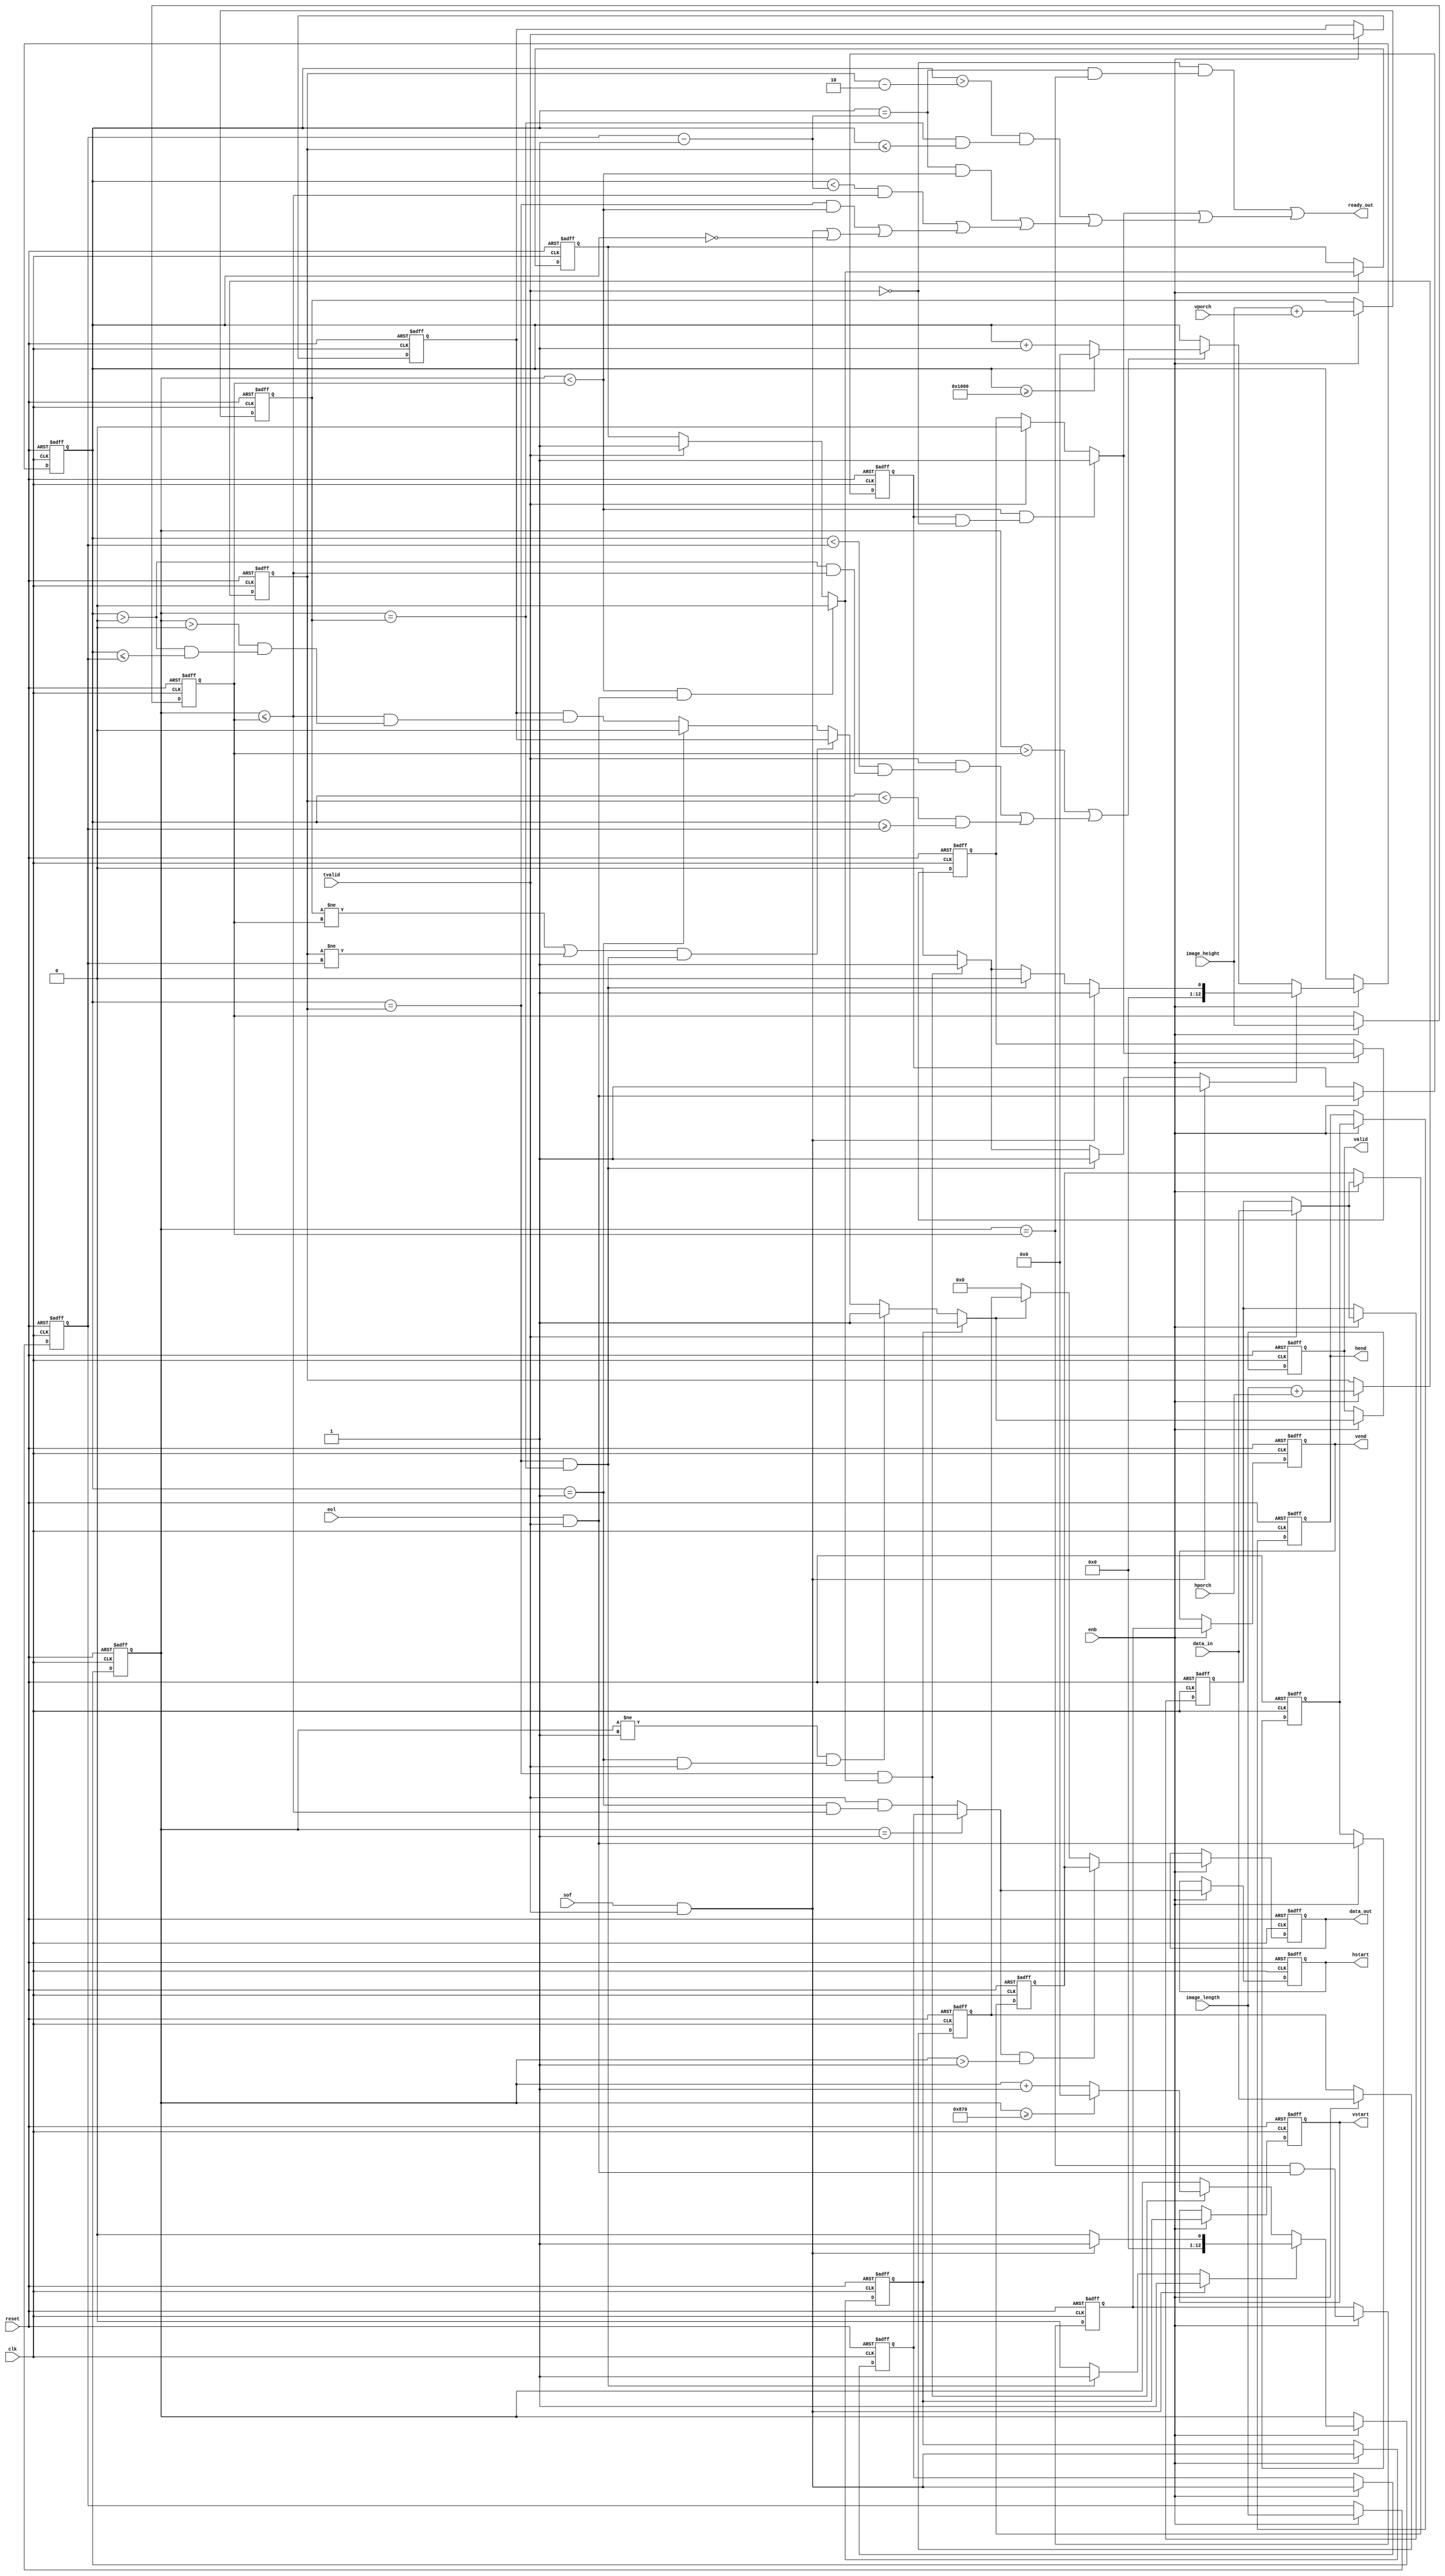
// -------------------------------------------------------------
// 
// 
// Generated by MATLAB 9.6 and HDL Coder 3.14
// 
// -------------------------------------------------------------


// -------------------------------------------------------------
// 
// Module: K_Means_ip_adapter_in_module
// Source Path: K_Means_ip/K_Means_ip_axi4_stream_video_slave/K_Means_ip_adapter_in/K_Means_ip_adapter_in_module
// Hierarchy Level: 3
// 
// -------------------------------------------------------------

`timescale 1 ns / 1 ns

module K_Means_ip_adapter_in_module
          (clk,
           reset,
           enb,
           data_in,
           tvalid,
           sof,
           eol,
           image_length,
           image_height,
           hporch,
           vporch,
           data_out,
           hstart,
           hend,
           vstart,
           vend,
           valid,
           ready_out);


  input   clk;
  input   reset;
  input   enb;
  input   [31:0] data_in;  // ufix32
  input   tvalid;  // ufix1
  input   sof;  // ufix1
  input   eol;  // ufix1
  input   [12:0] image_length;  // ufix13
  input   [12:0] image_height;  // ufix13
  input   [12:0] hporch;  // ufix13
  input   [12:0] vporch;  // ufix13
  output  [31:0] data_out;  // ufix32
  output  hstart;  // ufix1
  output  hend;  // ufix1
  output  vstart;  // ufix1
  output  vend;  // ufix1
  output  valid;  // ufix1
  output  ready_out;  // ufix1


  wire cond54;  // ufix1
  wire [12:0] vlength_buf_1;  // ufix13
  reg [12:0] vlength_1;  // ufix13
  wire cond41;  // ufix1
  wire [12:0] hlength_buf_1;  // ufix13
  reg [12:0] hlength_1;  // ufix13
  reg [12:0] numoflines_1;  // ufix13
  wire constant1;  // ufix1
  wire constant0;  // ufix1
  wire [12:0] pixel_constant0;  // ufix13
  wire [12:0] pixel_constant1;  // ufix13
  reg [12:0] numofpixels_1;  // ufix13
  wire [12:0] line_constant0;  // ufix13
  wire [12:0] line_constant1;  // ufix13
  wire condition0;  // ufix1
  wire [12:0] line_load_value0;  // ufix13
  wire [12:0] line_load_value1;  // ufix13
  reg [12:0] line_counter;  // ufix13
  wire larger1_relop1;
  reg [12:0] pixel_counter;  // ufix13
  wire larger_relop1;
  wire less2_relop1;
  wire cond51;  // ufix1
  wire less1_relop1;
  wire less_relop1;
  wire cond45;  // ufix1
  wire cond48;  // ufix1
  wire cond53;  // ufix1
  wire condition1;  // ufix1
  wire [12:0] pixel_load_value0;  // ufix13
  wire [12:0] pixel_load_value1;  // ufix13
  wire [12:0] pixel_load_value2;  // ufix13
  wire first_pixel_en;  // ufix1
  reg  first_pixel_en_delay;  // ufix1
  wire cond2;  // ufix1
  wire equal12_relop1;
  wire cond1;  // ufix1
  wire equa31_relop1;
  wire cond42;  // ufix1
  wire cond43;  // ufix1
  wire cond44;  // ufix1
  wire equa29_relop1;
  wire equa28_relop1;
  wire cond55;  // ufix1
  wire cond56;  // ufix1
  wire cond6;  // ufix1
  wire cond7;  // ufix1
  wire equal4_relop1;
  wire cond9;  // ufix1
  wire hstart_reg;  // ufix1
  reg  cond10;  // ufix1
  wire hstart_output;  // ufix1
  wire cond26;  // ufix1
  wire cond27;  // ufix1
  wire vstart_output_temp;  // ufix1
  reg  vstart_output;  // ufix1
  wire cond21;  // ufix1
  wire cond58;  // ufix1
  wire cond22;  // ufix1
  wire equa10_relop1;
  wire equal14_relop1;
  wire equa11_relop1;
  wire equal13_relop1;
  wire cond19;  // ufix1
  wire cond20;  // ufix1
  reg  valid_reg;  // ufix1
  wire cond11;  // ufix1
  wire equa7_relop1;
  wire cond13;  // ufix1
  wire equa8_relop1;
  wire nonblank;  // ufix1
  wire cond23;  // ufix1
  wire cond57;  // ufix1
  wire cond25;  // ufix1
  wire cond59;  // ufix1
  wire valid_output;  // ufix1
  wire [31:0] data_constant0;  // ufix32
  reg [31:0] data_reg;  // ufix32
  wire [31:0] data_reg_temp;  // ufix32
  wire [31:0] data_buf;  // ufix32
  reg [31:0] data_buf_delay_1;  // ufix32
  reg [31:0] data_buf_delay1;  // ufix32
  wire [31:0] data_out_output;  // ufix32
  reg [31:0] data_out_2;  // ufix32
  reg  hstart_2;  // ufix1
  wire hend_output_temp;  // ufix1
  reg  hend_output;  // ufix1
  reg  hend_2;  // ufix1
  reg  vstart_2;  // ufix1
  wire equa26_relop1;
  wire vend_reg;  // ufix1
  reg  vend_output;  // ufix1
  reg  vend_2;  // ufix1
  reg  valid_2;  // ufix1
  wire read_out_cond1;  // ufix1
  wire equa17_relop1;
  wire [12:0] pixel_counter_sub_1_1;  // ufix13
  wire [12:0] pixel_counter_1;  // ufix13
  wire equa19_relop1;
  wire read_out_cond2;  // ufix1
  wire equa18_relop1;
  wire read_out_cond3;  // ufix1
  wire equa20_relop1;
  wire read_out_cond4;  // ufix1
  wire equa21_relop1;
  wire equa22_relop1;
  wire equa23_relop1;
  wire equa24_relop1;
  wire [12:0] constant2;  // ufix13
  wire [12:0] hlength_2;  // ufix13
  wire read_out_cond5;  // ufix1
  wire equal25_relop1;
  wire read_out_cond6;  // ufix1
  wire eol_tvalid;  // ufix1
  reg  eol_buf;  // ufix1
  wire tvalid_not_1;  // ufix1
  wire equal1_relop1;
  wire cond3;  // ufix1
  wire freeze;  // ufix1
  reg  freeze_delay;  // ufix1
  wire cond5;  // ufix1
  wire read_out_cond8;  // ufix1
  wire read_out_output;  // ufix1


  assign cond54 = sof & tvalid;



  assign vlength_buf_1 = image_height + vporch;



  always @(posedge clk or posedge reset)
    begin : vlength_process
      if (reset == 1'b1) begin
        vlength_1 <= 13'b0000000000000;
      end
      else begin
        if (enb) begin
          vlength_1 <= vlength_buf_1;
        end
      end
    end



  assign cond41 = sof & tvalid;



  assign hlength_buf_1 = image_length + hporch;



  always @(posedge clk or posedge reset)
    begin : hlength_process
      if (reset == 1'b1) begin
        hlength_1 <= 13'b0000000000000;
      end
      else begin
        if (enb) begin
          hlength_1 <= hlength_buf_1;
        end
      end
    end



  always @(posedge clk or posedge reset)
    begin : numoflines_process
      if (reset == 1'b1) begin
        numoflines_1 <= 13'b0000000000000;
      end
      else begin
        if (enb) begin
          numoflines_1 <= image_height;
        end
      end
    end



  assign constant1 = 1'b1;



  assign constant0 = 1'b0;



  assign pixel_constant0 = 13'b0000000000000;



  assign pixel_constant1 = 13'b0000000000001;



  always @(posedge clk or posedge reset)
    begin : numofpixels_process
      if (reset == 1'b1) begin
        numofpixels_1 <= 13'b0000000000000;
      end
      else begin
        if (enb) begin
          numofpixels_1 <= image_length;
        end
      end
    end



  assign line_constant0 = 13'b0000000000000;



  assign line_constant1 = 13'b0000000000001;



  assign line_load_value0 = (condition0 == 1'b0 ? line_constant0 :
              line_constant0);



  assign line_load_value1 = (cond54 == 1'b0 ? line_load_value0 :
              line_constant1);



  assign larger1_relop1 = line_counter > numoflines_1;



  assign larger_relop1 = pixel_counter >= numofpixels_1;



  assign less2_relop1 = pixel_counter < hlength_1;



  assign cond51 = less2_relop1 & larger_relop1;



  assign less1_relop1 = pixel_counter < numofpixels_1;



  assign less_relop1 = line_counter <= numoflines_1;



  assign cond45 = pixel_counter > 13'b0000000000000;



  assign cond48 = tvalid & (less1_relop1 & (cond45 & less_relop1));



  assign cond53 = larger1_relop1 | (cond48 | cond51);



  assign pixel_load_value0 = (condition1 == 1'b0 ? pixel_constant0 :
              pixel_constant1);



  assign pixel_load_value1 = (condition0 == 1'b0 ? pixel_load_value0 :
              pixel_constant0);



  assign pixel_load_value2 = (cond41 == 1'b0 ? pixel_load_value1 :
              pixel_constant1);



  always @(posedge clk or posedge reset)
    begin : Delay8_process
      if (reset == 1'b1) begin
        first_pixel_en_delay <= 1'b0;
      end
      else begin
        if (enb) begin
          first_pixel_en_delay <= first_pixel_en;
        end
      end
    end



  assign cond2 = (tvalid == 1'b0 ? first_pixel_en_delay :
              constant1);



  assign equal12_relop1 = line_counter < numoflines_1;



  assign cond1 = equal12_relop1 & (eol & tvalid);



  assign first_pixel_en = (cond1 == 1'b0 ? cond2 :
              constant0);



  assign equa31_relop1 = pixel_counter == hlength_1;



  assign condition1 = equa31_relop1 & first_pixel_en;



  assign cond42 = (condition1 == 1'b0 ? constant0 :
              constant1);



  assign cond43 = (condition0 == 1'b0 ? cond42 :
              constant1);



  assign cond44 = (cond41 == 1'b0 ? cond43 :
              constant1);



  // Count limited, Unsigned Counter
  //  initial value   = 0
  //  step value      = 1
  //  count to value  = 4096
  always @(posedge clk or posedge reset)
    begin : obj_pixel_counter_process
      if (reset == 1'b1) begin
        pixel_counter <= 13'b0000000000000;
      end
      else begin
        if (enb) begin
          if (cond44 == 1'b1) begin
            pixel_counter <= pixel_load_value2;
          end
          else if (cond53 == 1'b1) begin
            if (pixel_counter >= 13'b1000000000000) begin
              pixel_counter <= 13'b0000000000000;
            end
            else begin
              pixel_counter <= pixel_counter + 13'b0000000000001;
            end
          end
        end
      end
    end



  assign equa29_relop1 = pixel_counter == hlength_1;



  assign equa28_relop1 = line_counter == vlength_1;



  assign condition0 = equa28_relop1 & equa29_relop1;



  assign cond55 = (condition0 == 1'b0 ? constant0 :
              constant1);



  assign cond56 = (cond54 == 1'b0 ? cond55 :
              constant1);



  // Count limited, Unsigned Counter
  //  initial value   = 0
  //  step value      = 1
  //  count to value  = 2160
  always @(posedge clk or posedge reset)
    begin : obj_pixel_count_process
      if (reset == 1'b1) begin
        line_counter <= 13'b0000000000000;
      end
      else begin
        if (enb) begin
          if (cond56 == 1'b1) begin
            line_counter <= line_load_value1;
          end
          else if (condition1 == 1'b1) begin
            if (line_counter >= 13'b0100001110000) begin
              line_counter <= 13'b0000000000000;
            end
            else begin
              line_counter <= line_counter + 13'b0000000000001;
            end
          end
        end
      end
    end



  assign cond6 = line_counter == 13'b0000000000001;



  assign cond7 = pixel_counter == 13'b0000000000001;



  assign equal4_relop1 = line_counter <= numoflines_1;



  assign cond9 = tvalid & (cond7 & equal4_relop1);



  assign hstart_reg = sof & tvalid;



  always @(posedge clk or posedge reset)
    begin : Delay10_process
      if (reset == 1'b1) begin
        cond10 <= 1'b0;
      end
      else begin
        if (enb) begin
          cond10 <= hstart_reg;
        end
      end
    end



  assign hstart_output = (cond6 == 1'b0 ? cond9 :
              cond10);



  assign cond26 = line_counter > 13'b0000000000001;



  assign cond27 = hstart_output & cond26;



  assign vstart_output_temp = sof & tvalid;



  always @(posedge clk or posedge reset)
    begin : vstart_output_delay_process
      if (reset == 1'b1) begin
        vstart_output <= 1'b0;
      end
      else begin
        if (enb) begin
          vstart_output <= vstart_output_temp;
        end
      end
    end



  assign cond21 = pixel_counter == 13'b0000000000001;



  assign cond58 = line_counter != 13'b0000000000001;



  assign cond22 = cond58 & (cond21 & tvalid);



  assign equa10_relop1 = pixel_counter == hlength_1;



  assign equal14_relop1 = vlength_1 != numoflines_1;



  assign equa11_relop1 = line_counter == vlength_1;



  assign equal13_relop1 = hlength_1 != numofpixels_1;



  assign cond19 = equal14_relop1 | equal13_relop1;



  assign cond20 = cond19 & (equa10_relop1 & equa11_relop1);



  always @(posedge clk or posedge reset)
    begin : valid_reg_delay_process
      if (reset == 1'b1) begin
        valid_reg <= 1'b0;
      end
      else begin
        if (enb) begin
          valid_reg <= tvalid;
        end
      end
    end



  assign cond11 = pixel_counter > 13'b0000000000000;



  assign equa7_relop1 = pixel_counter <= numofpixels_1;



  assign cond13 = line_counter > 13'b0000000000000;



  assign equa8_relop1 = line_counter <= numoflines_1;



  assign nonblank = equa8_relop1 & (cond13 & (cond11 & equa7_relop1));



  assign cond23 = valid_reg & nonblank;



  assign cond57 = (cond21 == 1'b0 ? cond23 :
              constant0);



  assign cond25 = (cond20 == 1'b0 ? cond57 :
              valid_reg);



  assign cond59 = (cond22 == 1'b0 ? cond25 :
              constant1);



  assign valid_output = (vstart_output == 1'b0 ? cond59 :
              constant1);



  assign data_constant0 = 32'b00000000000000000000000000000000;



  always @(posedge clk or posedge reset)
    begin : input_data_delay_process
      if (reset == 1'b1) begin
        data_reg <= 32'b00000000000000000000000000000000;
      end
      else begin
        if (enb) begin
          data_reg <= data_in;
        end
      end
    end



  assign data_reg_temp = (valid_output == 1'b0 ? data_constant0 :
              data_reg);



  always @(posedge clk or posedge reset)
    begin : data_buf_delay_process
      if (reset == 1'b1) begin
        data_buf_delay_1 <= 32'b00000000000000000000000000000000;
      end
      else begin
        if (enb) begin
          data_buf_delay_1 <= data_buf;
        end
      end
    end



  assign data_buf = (tvalid == 1'b0 ? data_buf_delay_1 :
              data_in);



  always @(posedge clk or posedge reset)
    begin : Delay11_process
      if (reset == 1'b1) begin
        data_buf_delay1 <= 32'b00000000000000000000000000000000;
      end
      else begin
        if (enb) begin
          data_buf_delay1 <= data_buf;
        end
      end
    end



  assign data_out_output = (cond27 == 1'b0 ? data_reg_temp :
              data_buf_delay1);



  always @(posedge clk or posedge reset)
    begin : data_out_1_process
      if (reset == 1'b1) begin
        data_out_2 <= 32'b00000000000000000000000000000000;
      end
      else begin
        if (enb) begin
          data_out_2 <= data_out_output;
        end
      end
    end



  always @(posedge clk or posedge reset)
    begin : hstart_1_process
      if (reset == 1'b1) begin
        hstart_2 <= 1'b0;
      end
      else begin
        if (enb) begin
          hstart_2 <= hstart_output;
        end
      end
    end



  assign hend_output_temp = eol & tvalid;



  always @(posedge clk or posedge reset)
    begin : hend_output_delay_process
      if (reset == 1'b1) begin
        hend_output <= 1'b0;
      end
      else begin
        if (enb) begin
          hend_output <= hend_output_temp;
        end
      end
    end



  always @(posedge clk or posedge reset)
    begin : hend_1_process
      if (reset == 1'b1) begin
        hend_2 <= 1'b0;
      end
      else begin
        if (enb) begin
          hend_2 <= hend_output;
        end
      end
    end



  always @(posedge clk or posedge reset)
    begin : vstart_1_process
      if (reset == 1'b1) begin
        vstart_2 <= 1'b0;
      end
      else begin
        if (enb) begin
          vstart_2 <= vstart_output;
        end
      end
    end



  assign equa26_relop1 = line_counter == numoflines_1;



  assign vend_reg = equa26_relop1 & (eol & tvalid);



  always @(posedge clk or posedge reset)
    begin : vend_output_delay_process
      if (reset == 1'b1) begin
        vend_output <= 1'b0;
      end
      else begin
        if (enb) begin
          vend_output <= vend_reg;
        end
      end
    end



  always @(posedge clk or posedge reset)
    begin : vend_1_process
      if (reset == 1'b1) begin
        vend_2 <= 1'b0;
      end
      else begin
        if (enb) begin
          vend_2 <= vend_output;
        end
      end
    end



  always @(posedge clk or posedge reset)
    begin : valid_1_process
      if (reset == 1'b1) begin
        valid_2 <= 1'b0;
      end
      else begin
        if (enb) begin
          valid_2 <= valid_output;
        end
      end
    end



  assign read_out_cond1 = sof & tvalid;



  assign equa17_relop1 = pixel_counter == hlength_1;



  assign pixel_counter_sub_1_1 = {12'b0, constant1};
  assign pixel_counter_1 = numofpixels_1 - pixel_counter_sub_1_1;



  assign equa19_relop1 = pixel_counter < pixel_counter_1;



  assign read_out_cond2 = pixel_counter == 13'b0000000000000;



  assign equa18_relop1 = line_counter < numoflines_1;



  assign read_out_cond3 = equa17_relop1 & equa18_relop1;



  assign equa20_relop1 = line_counter <= numoflines_1;



  assign read_out_cond4 = equa19_relop1 & equa20_relop1;



  assign equa21_relop1 = pixel_counter == pixel_counter_1;



  assign equa22_relop1 = line_counter < numoflines_1;



  assign equa23_relop1 = line_counter == vlength_1;



  assign equa24_relop1 = pixel_counter <= hlength_1;



  assign constant2 = 13'b0000000000010;



  assign hlength_2 = hlength_1 - constant2;



  assign read_out_cond5 = equa21_relop1 & equa22_relop1;



  assign equal25_relop1 = pixel_counter > hlength_2;



  assign read_out_cond6 = equal25_relop1 & (equa23_relop1 & equa24_relop1);



  assign eol_tvalid = eol & tvalid;



  always @(posedge clk or posedge reset)
    begin : eol_buf_delay_process
      if (reset == 1'b1) begin
        eol_buf <= 1'b0;
      end
      else begin
        if (enb) begin
          eol_buf <= eol_tvalid;
        end
      end
    end



  assign tvalid_not_1 =  ~ tvalid;



  assign equal1_relop1 = line_counter < numoflines_1;



  assign cond3 = equal1_relop1 & (eol_buf & tvalid_not_1);



  always @(posedge clk or posedge reset)
    begin : Delay9_process
      if (reset == 1'b1) begin
        freeze_delay <= 1'b0;
      end
      else begin
        if (enb) begin
          freeze_delay <= freeze;
        end
      end
    end



  assign cond5 = (tvalid == 1'b0 ? freeze_delay :
              constant0);



  assign freeze = (cond3 == 1'b0 ? cond5 :
              constant1);



  assign read_out_cond8 = tvalid_not_1 & (equa21_relop1 & equa26_relop1);



  assign read_out_output = read_out_cond8 | (freeze | (read_out_cond6 | (read_out_cond5 | (read_out_cond4 | (read_out_cond3 | (read_out_cond1 | read_out_cond2))))));



  assign ready_out = read_out_output;

  assign data_out = data_out_2;

  assign hstart = hstart_2;

  assign hend = hend_2;

  assign vstart = vstart_2;

  assign vend = vend_2;

  assign valid = valid_2;

endmodule  // K_Means_ip_adapter_in_module